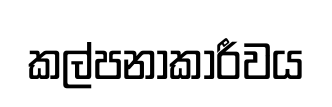
කල්පනාකාරීවය